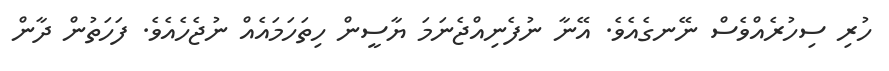
ހުރި ސިހުރެއްވެސް ނޭނގެއެވެ. އޭނާ ނުފެނިއްޖެނަމަ ޔާސީން ހިތަހަމައެއް ނުޖެހެއެވެ. ފަހަތުން ދާން